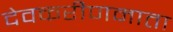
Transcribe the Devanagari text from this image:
देवकरीणमाता